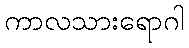
ကာလသားရောဂါ